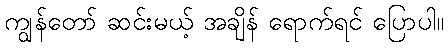
ကျွန်တော် ဆင်းမယ့် အချိန် ရောက်ရင် ပြောပါ။